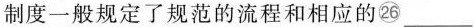
制度一般规定了规范的流程和相应的26\underline 。